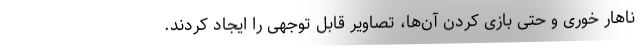
ناهار خوری و حتی بازی کردن آن‌ها، تصاویر قابل توجهی را ایجاد کردند.